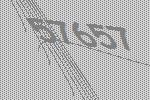
57657